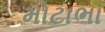
મોટાભા